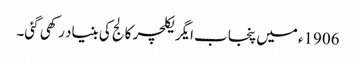
1906ء میں پنجاب ایگریکلچر کالج کی بنیاد رکھی گئی۔